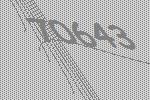
70643